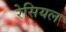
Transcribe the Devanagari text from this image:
रेसियल